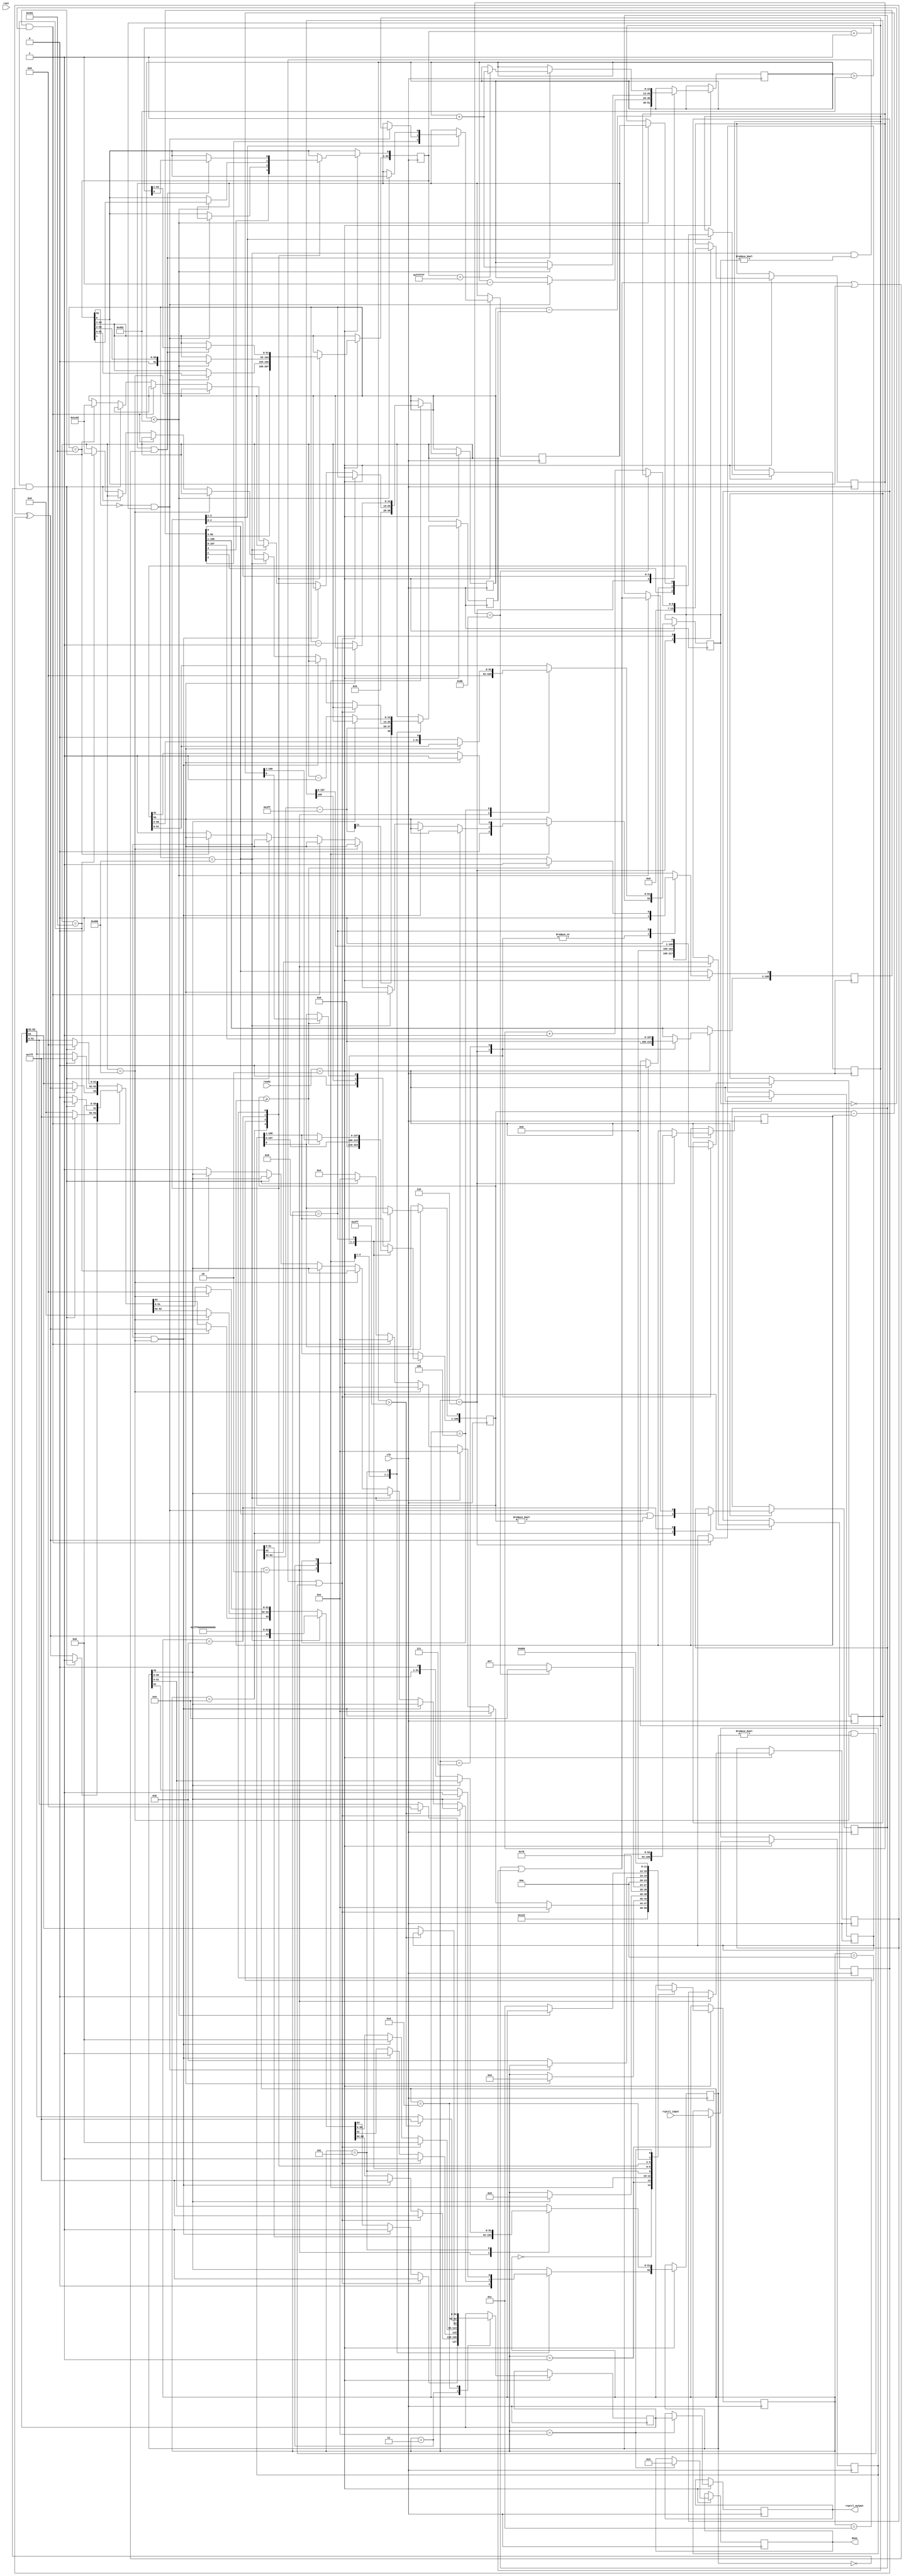
//IEEE 754 double precision floating point reciprocal operation
//https://babbage.cs.qc.cuny.edu/IEEE-754/  <----for verifying calculation

module fpdp_reciprocal (
	rcprcl_output,
	done,
	rcprcl_input,
	ready,
	clk,
	rset	
	);

output reg[63:0]rcprcl_output='d0;
output reg[3:0]done='d0;

input [63:0]rcprcl_input;
input [3:0]ready;
input clk;
input rset;

parameter   get_a         = 4'd0,
            get_b         = 4'd1,
            unpack        = 4'd2,
            special_cases = 4'd3,
            normalise_a   = 4'd4,
            normalise_b   = 4'd5,
            divide_0      = 4'd6,
            divide_1      = 4'd7,
            divide_2      = 4'd8,
            divide_3      = 4'd9,
            normalise_1   = 4'd10,
            normalise_2   = 4'd11,
            round         = 4'd12,
            pack          = 4'd13,
            put_z         = 4'd14;

//reg [63:0]fpdp_dividend = 'h3FF0000000000000;
reg [63:0]s_rcprcl_output;
reg [3:0]state = 'd0;
reg [63:0]a, b, z;
reg [52:0]a_m, b_m, z_m;
reg [12:0]a_e, b_e, z_e;
reg a_s, b_s, z_s;
reg guard, round_bit, sticky;
reg [108:0]quotient, divisor, dividend, remainder;
reg [6:0]count;

always @(posedge clk)
begin
	if(ready=='d2)
		begin
			case(state)
				get_a:begin
						a = 'h3FF0000000000000;
						state = get_b;
					end

				get_b:begin
						b = rcprcl_input;
						state = unpack;
					end

				unpack:begin
						a_m = 'd0;
						b_m = b[51 : 0];
						a_e = 'd0;
						b_e = b[62 : 52] - 1023;
						a_s = 'd0;
						b_s = b[63];
						state = special_cases;
					end

				special_cases:begin
									//if a is NaN or b is NaN return NaN 
									if ((a_e == 1024 && a_m != 0) || (b_e == 1024 && b_m != 0))
									begin
										z[63] = 1;
										z[62:52] = 2047;
										z[51] = 1;
										z[50:0] = 0;
										state = put_z;
									//if a is inf and b is inf return NaN 
									end else if ((a_e == 1024) && (b_e == 1024))
									begin
									  z[63] = 1;
									  z[62:52] = 2047;
									  z[51] = 1;
									  z[50:0] = 0;
									  state = put_z;
									//if a is inf return inf
									end else if (a_e == 1024)
									begin
									  z[63] = a_s ^ b_s;
									  z[62:52] = 2047;
									  z[51:0] = 0;
									  state = put_z;
									 //if b is zero return NaN
										  if ($signed(b_e == -1023) && (b_m == 0))
										  begin
											z[63] = 1;
											z[62:52] = 2047;
											z[51] = 1;
											z[50:0] = 0;
											state = put_z;
										  end
									//if b is inf return zero
									end else if (b_e == 1024)
									begin
									  z[63] = a_s ^ b_s;
									  z[62:52] = 0;
									  z[51:0] = 0;
									  state = put_z;
									//if a is zero return zero
									end else if (($signed(a_e) == -1023) && (a_m == 0))
									begin
									  z[63] = a_s ^ b_s;
									  z[62:52] = 0;
									  z[51:0] = 0;
									  state = put_z;
									   //if b is zero return NaN
									  if (($signed(b_e) == -1023) && (b_m == 0))
									  begin
										z[63] = 1;
										z[62:52] = 2047;
										z[51] = 1;
										z[50:0] = 0;
										state = put_z;
									  end
									//if b is zero return inf
									end else if (($signed(b_e) == -1023) && (b_m == 0))
									begin
									  z[63] = a_s ^ b_s;
									  z[62:52] = 2047;
									  z[51:0] = 0;
									  state = put_z;
									end else
									begin
									  //Denormalised Number
									  if ($signed(a_e) == -1023)
									  begin
										a_e = -1022;
									  end
									  else
									  begin
										a_m[52] <= 1;
									  end
									  //Denormalised Number
									  if ($signed(b_e) == -1023)
									  begin
										b_e = -1022;
									  end
									  else
									  begin
										b_m[52] = 1;
									  end
									  state = normalise_a;
									end
								end

				normalise_a:begin
								if (a_m[52])
								begin
								  state = normalise_b;
								end
								else
								begin
								  a_m <= a_m << 1;
								  a_e <= a_e - 1;
								end
							end

				normalise_b:begin
								if (b_m[52]) begin
								  state <= divide_0;
								end else begin
								  b_m <= b_m << 1;
								  b_e <= b_e - 1;
								end
							end

				divide_0:begin
							z_s <= a_s ^ b_s;
							z_e <= a_e - b_e;
							quotient <= 0;
							remainder <= 0;
							count <= 0;
							dividend <= a_m << 56;
							divisor <= b_m;
							state <= divide_1;
						end

				divide_1:begin
							quotient <= quotient << 1;
							remainder <= remainder << 1;
							remainder[0] <= dividend[108];
							dividend <= dividend << 1;
							state <= divide_2;
						  end

				divide_2:begin
							if (remainder >= divisor)
							begin
							  quotient[0] <= 1;
							  remainder <= remainder - divisor;
							end
							if (count == 107)
							begin
							  state <= divide_3;
							end else
							begin
							  count <= count + 1;
							  state <= divide_1;
							end
						  end

				divide_3:begin
							z_m <= quotient[55:3];
							guard <= quotient[2];
							round_bit <= quotient[1];
							sticky <= quotient[0] | (remainder != 0);
							state <= normalise_1;
						  end

				normalise_1:begin
								if (z_m[52] == 0 && $signed(z_e) > -1022)
								begin
								  z_e <= z_e - 1;
								  z_m <= z_m << 1;
								  z_m[0] <= guard;
								  guard <= round_bit;
								  round_bit <= 0;
								end else
								begin
								  state <= normalise_2;
								end
							end

				normalise_2:begin
								if ($signed(z_e) < -1022)
								begin
								  z_e <= z_e + 1;
								  z_m <= z_m >> 1;
								  guard <= z_m[0];
								  round_bit <= guard;
								  sticky <= sticky | round_bit;
								end else
								begin
								  state <= round;
								end
							end

				round:begin
							if (guard && (round_bit | sticky | z_m[0]))
							begin
							  z_m <= z_m + 1;
							  if (z_m == 53'hffffff)
							  begin
								z_e <=z_e + 1;
							  end
							end
							state <= pack;
						end

				pack:begin
							z[51 : 0] <= z_m[51:0];
							z[62 : 52] <= z_e[10:0] + 1023;
							z[63] <= z_s;
							if ($signed(z_e) == -1022 && z_m[52] == 0)
							begin
							  z[62 : 52] <= 0;
							end
							//if overflow occurs, return inf
							if ($signed(z_e) > 1023)
							begin
							  z[51 : 0] = 0;
							  z[62 : 52] = 2047;
							  z[63] = z_s;
							end
							state = put_z;
						end

				put_z:begin
					//s_rcprcl_output = z;
					rcprcl_output = z;
					state = get_a;
					done = 'd3;
					end

			endcase

//			if (rset == 1) begin
//			  state = get_a;
//			end
		  end
		  //rcprcl_output = s_rcprcl_output;
end
endmodule